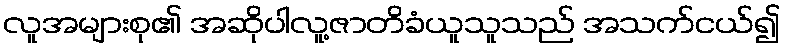
လူအများစု၏ အဆိုပါလူ့ဇာတိခံယူသူသည် အသက်ငယ်၍